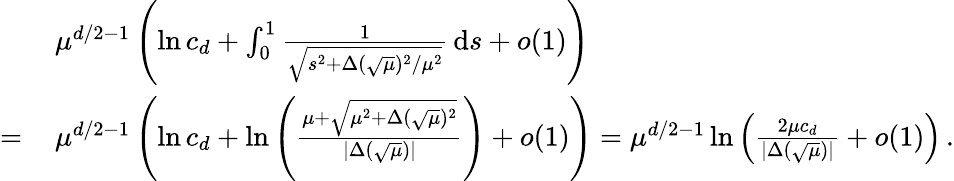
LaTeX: \begin{array}{rl}&{\mu^{d/2-1}\left(\ln c_{d}+\int_{0}^{1}\frac{1}{\sqrt{s^{2}+\Delta(\sqrt{\mu})^{2}/\mu^{2}}}\, \textnormal{d}s+o(1)\right)}\\ {=\, }&{\mu^{d/2-1}\left(\ln c_{d}+\ln\left(\frac{\mu+\sqrt{\mu^{2}+\Delta(\sqrt{\mu})^{2}}}{\vert\Delta(\sqrt{\mu})\vert}\right)+o(1)\right)=\mu^{d/2-1}\ln\left(\frac{2\mu c_{d}}{\vert\Delta(\sqrt{\mu})\vert}+o(1)\right)\, .}\end{array}